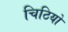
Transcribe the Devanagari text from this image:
चिठियो